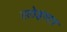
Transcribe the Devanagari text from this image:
एलेइस्टर